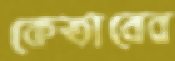
কেতাবের